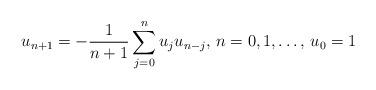
LaTeX: \begin{align*}u_{n+1}=-\frac{1}{n+1}\sum_{j=0}^{n}u_{j}u_{n-j},\,n=0,1,\ldots ,\,u_{0}=1\end{align*}